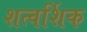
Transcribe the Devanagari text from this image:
शत्वर्शिक